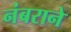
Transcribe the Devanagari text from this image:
नंबराने